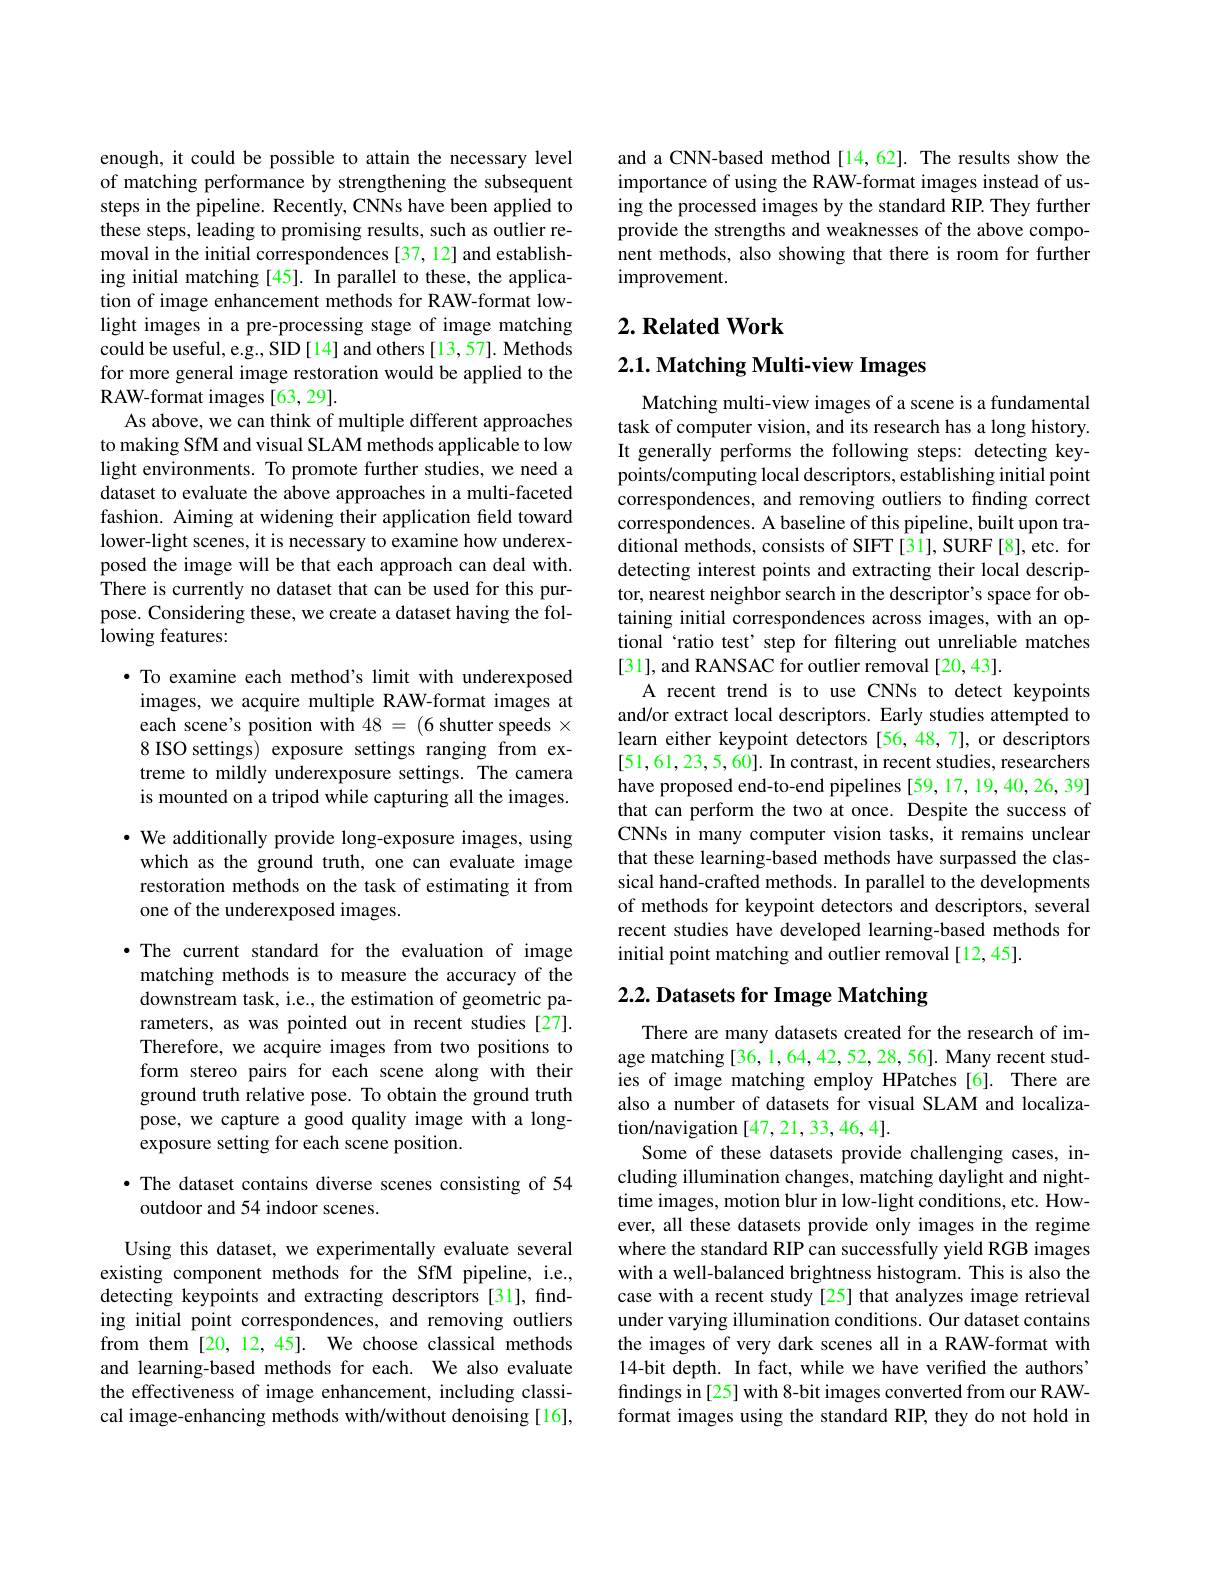
enough, it could be possible to attain the necessary level of matching performance by strengthening the subsequent steps in the pipeline. Recently, CNNs have been applied to these steps, leading to promising results, such as outlier removal in the initial correspondences [37, 12] and establishing initial matching [45]. In parallel to these, the application of image enhancement methods for RAW-format lowlight images in a pre-processing stage of image matching could be useful, e.g., SID [14] and others [13,57]. Methods for more general image restoration would be applied to the RAW-format images [63,29].
As above, we can think of multiple different approaches to making SfM and visual SLAM methods applicable to low light environments. To promote further studies, we need a dataset to evaluate the above approaches in a multi-faceted fashion. Aiming at widening their application field toward lower-light scenes, it is necessary to examine how underexposed the image will be that each approach can deal with. There is currently no dataset that can be used for this purpose. Considering these, we create a dataset having the following features:

$\bullet$ To examine each method's limit with underexposed images, we acquire multiple RAW-format images at each scene's position with 48 = (6 shutter speeds × 8 ISO settings) exposure settings ranging from extreme to mildly underexposure settings. The camera is mounted on a tripod while capturing all the images. · We additionally provide long-exposure images, using which as the ground truth, one can evaluate image restoration methods on the task of estimating it from one of the underexposed images.

·The current standard for the evaluation of image matching methods is to measure the accuracy of the downstream task, i.e., the estimation of geometric parameters, as was pointed out in recent studies [27]. Therefore, we acquire images from two positions to form stereo pairs for each scene along with their ground truth relative pose. To obtain the ground truth pose, we capture a good quality image with a longexposure setting for each scene position.

·The dataset contains diverse scenes consisting of 54
outdoor and 54 indoor scenes.

Using this dataset, we experimentally evaluate several existing component methods for the SfM pipeline, i.e., detecting keypoints and extracting descriptors [31], finding initial point correspondences, and removing outliers from them[20,12,45]. We choose classical methods and learning-based methods for each. We also evaluate the effectiveness of image enhancement, including classical image-enhancing methods with/without denoising[16],

and a CNN-based method[14,62]. The results show the importance of using the RAW-format images instead of using the processed images by the standard RIP. They further provide the strengths and weaknesses of the above component methods, also showing that there is room for further improvement.

## $2. \textbf{ Related Work}$

$2. 1. \textbf{ Matching Multi- view Images}$

Matching multi-view images of a scene is a fundamental task of computer vision, and its research has a long history. It generally performs the following steps: detecting keypoints/computing local descriptors, establishing initial point correspondences, and removing outliers to finding correct correspondences. A baseline of this pipeline, built upon traditional methods, consists of SIFT [31], SURF [8], etc. for detecting interest points and extracting their local descriptor, nearest neighbor search in the descriptor's space for obtaining initial correspondences across images, with an optional‘ratio test’step for filtering out unreliable matches [31], and RANSAC for outlier removal [20,43].
A recent trend is to use CNNs to detect keypoints and/or extract local descriptors. Early studies attempted to learn either keypoint detectors [56,48,7], or descriptors [51,61,23,5,60]. In contrast, in recent studies, researchers have proposed end-to-end pipelines [59, 17, 19, 40, 26, 39] that can perform the two at once. Despite the success of CNNs in many computer vision tasks, it remains unclear that these learning-based methods have surpassed the classical hand-crafted methods. In parallel to the developments of methods for keypoint detectors and descriptors, several recent studies have developed learning-based methods for initial point matching and outlier removal [12,45].

## $2. 2. \textbf{Datasets for Image Matching}$

There are many datasets created for the research of image matching [36, 1, 64, 42, 52, 28, 56]. Many recent studies of image matching employ HPatches [6]. There are also a number of datasets for visual SLAM and localization/navigation [47,21,33,46,4].
Some of these datasets provide challenging cases, including illumination changes, matching daylight and nighttime images, motion blur in low-light conditions, etc. However, all these datasets provide only images in the regime where the standard RIP can successfully yield RGB images with a well-balanced brightness histogram. This is also the case with a recent study [25] that analyzes image retrieval under varying illumination conditions. Our dataset contains the images of very dark scenes all in a RAW-format with 14-bit depth. In fact, while we have verified the authors' findings in[25] with 8-bit images converted from our RAWformat images using the standard RIP, they do not hold in